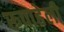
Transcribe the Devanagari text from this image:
रूपाहेली